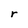
Character: r